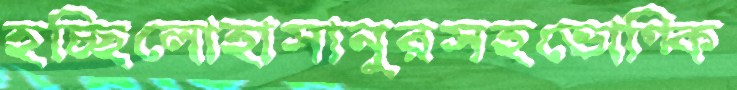
হচ্ছিলোহাসানুরসহভোগ্‌কি